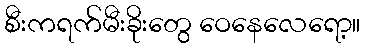
စီးကရက်မီးခိုးတွေ ဝေနေလေရော့။